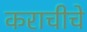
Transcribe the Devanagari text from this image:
कराचीचे